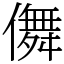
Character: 儛